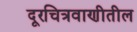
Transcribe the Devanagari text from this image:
दूरचित्रवाणीतील